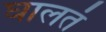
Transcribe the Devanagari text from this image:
घालतं